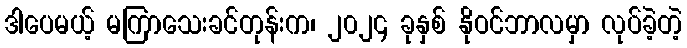
ဒါပေမယ့် မကြာသေးခင်တုန်းက၊ ၂၀၂၄ ခုနှစ် နိုဝင်ဘာလမှာ လုပ်ခဲ့တဲ့